Treatise on elephants
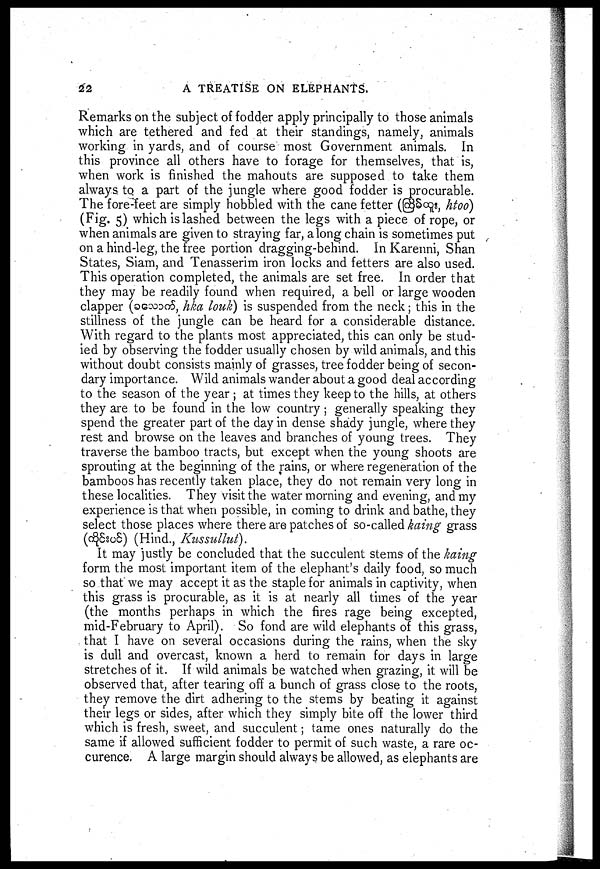
22
A TREATISE ON ELEPHANTS.
Remarks on the subject of fodder apply principally to those animals
which are tethered and fed at their standings, namely, animals
working in yards, and of course most Government animals. In
this province all others have to forage for themselves, that is,
when work is finished the mahouts are supposed to take them
always to a part of the jungle where good fodder is procurable.
The fore-feet are simply hobbled with the cane fetter (@§°^s, htoo)
(Fig. 5) which is lashed between the legs with a piece of rope, or
when animals are given to straying far, a long chain is sometimes put
on a hind-leg, the free portion dragging-behind. In Karenni, Shan
States, Siam, and Tenasserim iron locks and fetters are also used.
This operation completed, the animals are set free. In order that
they may be readily found when required, a bell or large wooden
clapper (ogcodoS, hka louk) is suspended from the neck; this in the
stillness of the jungle can be heard for a considerable distance.
With regard to the plants most appreciated, this can only be stud-
ied by observing the fodder usually chosen by wild animals, and this
without doubt consists mainly of grasses, tree fodder being of secon-
dary importance. Wild animals wander about a good deal according
to the season of the year ; at times they keep to the hills, at others
they are to be found in the low country ; generally speaking they
spend the greater part of the day in dense shady jungle, where they
rest and browse on the leaves and branches of young trees. They
traverse the bamboo tracts, but except when the young shoots are
sprouting at the beginning of the rains, or where regeneration of the
bamboos has recently taken place, they do not remain very long in
these localities. They visit the water morning and evening, and my
experience is that when possible, in coming to drink and bathe, they
select those places where there are patches of so-called kaing grass
(d^SsoS) (Hind., Kussullut).
It may justly be concluded that the succulent stems of the kaing
form the most important item of the elephant's daily food, so much
so that we may accept it as the staple for animals in captivity, when
this grass is procurable, as it is at nearly all times of the year
(the months perhaps in which the fires rage being excepted,
mid-February to April). So fond are wild elephants of this grass,
that I have on several occasions during the rains, when the sky
is dull and overcast, known a herd to remain for days in large
stretches of it. If wild animals be watched when grazing, it will be
observed that, after tearing off a bunch of grass close to the roots,
they remove the dirt adhering to the stems by beating it against
their legs or sides, after which they simply bite off the lower third
which is fresh, sweet, and succulent; tame ones naturally do the
same if allowed sufficient fodder to permit of such waste, a rare oc-
curence. A large margin should always be allowed, as elephants are